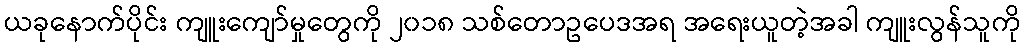
ယခုနောက်ပိုင်း ကျူးကျော်မှုတွေကို ၂၀၁၈ သစ်တောဥပေဒအရ အရေးယူတဲ့အခါ ကျူးလွန်သူကို